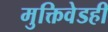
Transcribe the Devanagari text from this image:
मुक्तिवेडही